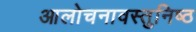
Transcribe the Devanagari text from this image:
आलोचनावस्तुनिष्ठ